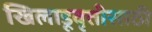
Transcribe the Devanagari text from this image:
खिलाडूवृत्तीसाठी